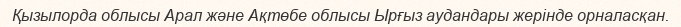
Қызылорда облысы Арал және Ақтөбе облысы Ырғыз аудандары жерінде орналасқан.